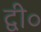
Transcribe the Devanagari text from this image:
द्वी॰